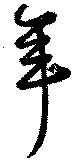
年